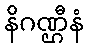
နိဂဏ္ဌီနံ